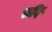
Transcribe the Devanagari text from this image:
लविं